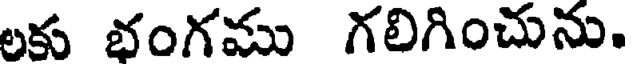
లకు భంగము గలిగించును.